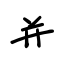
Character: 并